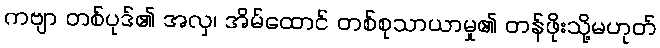
ကဗျာ တစ်ပုဒ်၏ အလှ၊ အိမ်ထောင် တစ်စုသာယာမှု၏ တန်ဖိုးသို့မဟုတ်